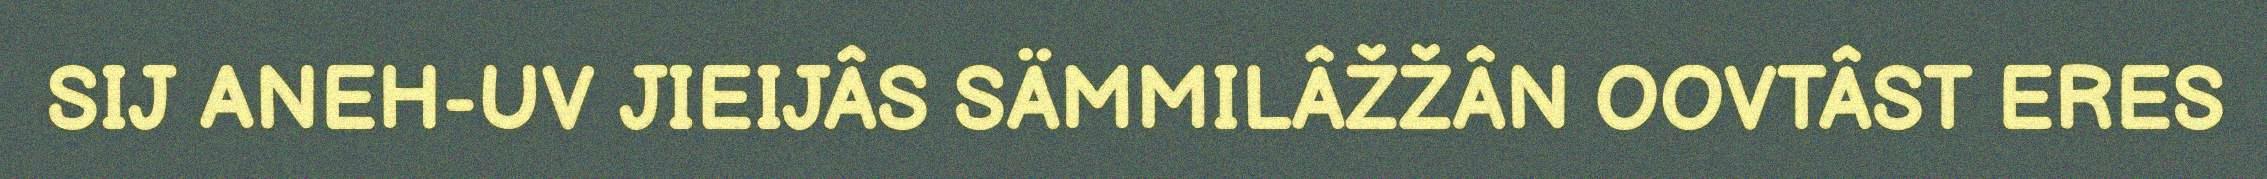
SIJ ANEH-UV JIEIJÂS SÄMMILÂŽŽÂN OOVTÂST ERES